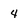
Character: 4